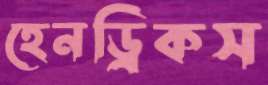
হেনড্রিকস